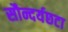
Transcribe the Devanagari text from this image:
सौन्दर्यछटा